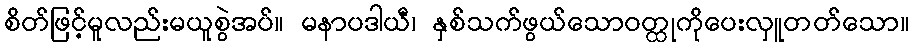
စိတ်ဖြင့်မူလည်းမယူစွဲအပ်။ မနာပဒါယီ၊ နှစ်သက်ဖွယ်သောဝတ္ထုကိုပေးလှူတတ်သော။